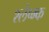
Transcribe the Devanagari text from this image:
श्लेष्म्क